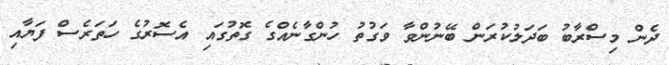
ދެން މިސްރާބު ބަދަލުކުރަން ބޭނުންވާ ވަގުތު ހުންގާނެއްގެ ގޮތުގައި އެސޮރުގެ ހަތަރެސް ފަޔާއި